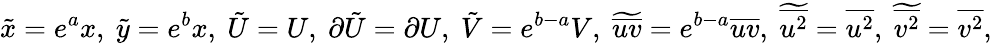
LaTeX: \tilde{x}=e^{a}x,\ \tilde{y}=e^{b}x,\ \tilde{U}=U,\ \partial\tilde{U}=\partial U,\ \tilde{V}=e^{b-a}V,\ \widetilde{\overline{{uv}}}=e^{b-a}\overline{{uv}},\ \widetilde{\overline{{u^{2}}}}=\overline{{u^{2}}},\ \widetilde{\overline{{v^{2}}}}=\overline{{v^{2}}},